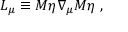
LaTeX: L _ { \mu } \equiv { \cal M } \eta \nabla _ { \mu } { \cal M } \eta \ ,